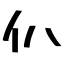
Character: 仈